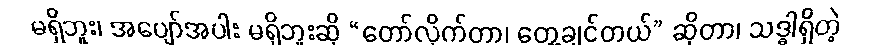
မရှိဘူး၊ အပျော်အပါး မရှိဘူးဆို “တော်လိုက်တာ၊ တွေ့ချင်တယ်” ဆိုတာ၊ သဒ္ဓါရှိတဲ့